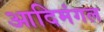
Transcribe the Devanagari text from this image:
आदिमंगल